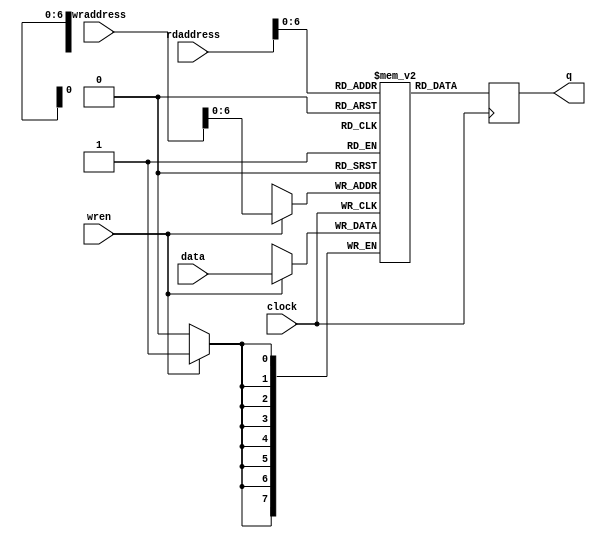
//Diamond-Square Column Solver

// Implement an the M10K block write to/ read fom memory
module M10K_512_20(
	output reg 		[7:0] q,
	input  			[7:0] data,
	input 			[8:0] wraddress, rdaddress,
	input 				  wren, clock
);
	reg 			[7:0] mem [127:0] /* synthesis ramstyle = "no_rw_check, M10K" */;
	
	always @ (posedge clock)
	begin
		if (wren) 
			mem[wraddress] = data;
	end
	always @ (posedge clock) begin
		q = mem[rdaddress];
	end
endmodule


module diamond_square_col (
	input       	clk, reset,
	input   [8:0] 	col_id,
	input	[7:0]	r,
	input   [8:0]   vga_r_addr,
	input   [4:0] 	dim_power,
	input   [7:0] 	val_l, val_r, val_l_down, val_r_down,
	input   [8:0]   dim,
	output  reg		done,
	output  [8:0]   step_size, 
	output  reg [7:0] 	r_data_up, r_data_down, vga_r_data
);

	wire	[7:0] 	m10k_r_data;
	wire	[8:0]	half;
	reg	 	[7:0] 	m10k_w_data;
	reg	 	[8:0] 	m10k_r_addr, m10k_w_addr;
	reg 	        m10k_w_en;
	

	reg     [3:0] 	step_power;
	reg		[3:0]	state;//, done_state;
	reg				m10k_init;
	
	reg     [9:0]   sum; //Used to add all four values together, this is 10 bits instead of 8 for overflow
	
	reg		[8:0]	row_id;

	assign step_size = 9'b1 << step_power;
	assign half = step_size >> 9'b1;

	
	wire [8:0] read_addr = row_id + step_size + half; //may overflow, checked in ternary below
	
	/*
			1. Write four corners to memory
			2. Read all values from memory
			3. Diamond Step
			4. Write all values to memory
			5. Read all values from memory
			6. Square Step
			7. Write all values to memory
			8. Loop through steps 2 - 7 until all values written to memory (occurs after dim/2 loops throguh steps 2-7)
	*/
	
	always@(posedge clk) begin
		// Reset to initial conditions
		if(reset) begin
			step_power  <= dim_power;
			row_id      <= half;
			m10k_init   <= 1'b1;
			
			m10k_w_addr <= 9'b0; 
			m10k_w_en   <= 1'b1;
			m10k_w_data <= 8'b0;
			m10k_r_addr <= 9'b0;
			
			done        <= 1'b0;
		end
		
		if(m10k_init) begin
			if(m10k_w_addr < (dim-1)) begin
				m10k_w_addr <= m10k_w_addr + 9'b1;
			end
			else begin //Finished initializing the M10k blocks
				m10k_w_en <= 1'b0;
				m10k_init <= 1'b0;
				state <= 4'd0;
				//done_state <= 4'd0;
			end
		end
		
		if(done) begin
			case (state)
				4'd0 : begin
					//Do m10k read for the input m10k position
					m10k_r_addr <= vga_r_addr;
				
					state <= 4'd1;
				end
				4'd1 : begin
					state <= 4'd2;
				end
				4'd2 : begin
					vga_r_data <= m10k_r_data;
				
					state <= 4'd0;
				end
				default : state <= 4'd0;
			endcase
		end
		else begin
			case (state)
				4'd0 : begin
					if((col_id == 9'd0) || (col_id == (dim-9'b1))) begin
						m10k_w_en <= 1'd1;
						m10k_w_addr <= 9'b0;
						m10k_w_data <= (col_id == 0) ? 8'd200 : 8'd20;
					end
					state <= 4'd1;
				end
				
				4'd1 : begin
					if((col_id == 0) || (col_id == (dim-9'b1))) begin
						m10k_w_en <= 1'd1;
						m10k_w_addr <= (dim-9'b1);
						m10k_w_data <= (col_id == 0) ? 8'd160 : 8'd100;
					end
					state <= 4'd2;
				end
				
				4'd2 : begin
					// Disable corner writes
					m10k_w_en <= 0;
					// Read bottom row value
					m10k_r_addr <= 0;
					
					state <= 4'd3;
				end
				
				4'd3 : begin
					state <= 4'd4;
				end
				
				4'd4 : begin
					r_data_down <= m10k_r_data;
					m10k_r_addr <= step_size; // Upper read value will be step_size away
					state <= 4'd5;
				end
				
				4'd5 : begin
					state <= 4'd6;
				end
				
				4'd6 : begin
					r_data_up <= m10k_r_data; //Used for nearby iterators that need this value blocking
					state <= 4'd7;
				end
				
				4'd7 : begin
					// Take col_id, subtract step_size >> 2 --> AND with step_size-1 --> gets you mod step_size
					if (!((col_id - half) & (step_size - 9'b1))) begin 
						m10k_w_en <= 1'b1;
						m10k_w_addr <= row_id;
						sum = val_l + val_r + val_l_down + val_r_down; //Resolve val_l and val_r as inputs
						m10k_w_data <= (sum >> 2) + (r & ((1 << step_size) - 1)); // Maybe syntax error???
					end
					r_data_down <= r_data_up;
					
					if ((step_size + row_id) < dim) begin
						m10k_r_addr <= ((read_addr) >= dim) ? (read_addr - dim + 9'b1) : (read_addr);
						row_id <= row_id + step_size;
						
						state <= 4'd5; 					
					end
					else begin
						// Finished Diamond Step, moving to Square Step
						if ((col_id >> (step_power - 9'b1)) & 8'b1) begin
							// ODD column
							row_id <= 0;
							// Reading top value for wraparound purposes
							m10k_r_addr <= (dim-9'b1) - half;
						end
						else begin
							// EVEN column (assuming column # start with 0)
							row_id <= half;
							m10k_r_addr <= 0;
						end
						state <= 4'd8;
					end
				end
				
				4'd8 : begin
					m10k_w_en <= 1'b0;
					state <= 4'd9;
				end
				
				4'd9 : begin
					r_data_down <= m10k_r_data; // Odd column this will be garbage
					m10k_r_addr <= row_id + half; // Upper read value will be step_size away
					state <= 4'd10;
				end
				
				4'd10 : begin
					//Wait stage for upper square step read
					state <= 4'd11;
				end
				
				4'd11 : begin
					r_data_up <= m10k_r_data; //Used for nearby iterators that need this value blocking
					state <= 4'd12;
				end
				
				4'd12 : begin
					//col_id % (step_size >> 1)
					if (!(col_id & ((step_size >> 1)-9'b1))) begin
						m10k_w_en <= 1'b1;
						m10k_w_addr <= row_id;
						
						if ((col_id >> (step_power - 9'b1)) & 8'b1) //Odd columns use down values
							sum = val_l_down + val_r_down + r_data_up + r_data_down;
						else //Even columns use up values
							sum = val_l + val_r + r_data_up + r_data_down;
						
						m10k_w_data <= (sum >> 2) + (r & ((1 << step_size) - 1)); // Maybe syntax error???
					end
					r_data_down <= r_data_up;
					
					// Queue up next read, for up reg if we have more squares to do (haven't reached the end)
					if ((step_size + row_id) < dim) begin
						m10k_r_addr <= (read_addr >= dim) ? (read_addr - dim + 9'b1) : read_addr;
						row_id <= row_id + step_size;
						
						state <= 4'd10; 					
					end
					else begin
						// Finished Square Step, moving to Diamond Step
						m10k_r_addr <= 0;

						//TODO: Random updates					
							
						if (!((col_id >> (step_power - 9'b1)) & 8'b1)) begin
							state <= 4'd13;
						end
						else begin
							if (step_power > 1) begin
								row_id <= (1 << (step_power-9'b1)) >> 1;
								step_power <= step_power-9'b1;
								state <= 4'd3;
							end
							else begin
								done <= 1'b1;
								state <= 4'd0;
							end

						end
					end
				end
				
				4'd13 : begin
					m10k_w_en <= 1'b0;
					state <= 4'd14;
				end
				
				4'd14 : begin
					m10k_w_en <= 1'b0;
					state <= 4'd15;
				end
				
				4'd15 : begin
					if (step_power > 1) begin
						row_id <= (1 << (step_power-9'b1)) >> 1;
						step_power <= step_power-9'b1;
						state <= 4'd3;
					end
					else begin
						done <= 1'b1;
						state <= 4'd0;
					end
					
					m10k_w_en <= 1'b0;
				end
				
				default : state <= 4'd0;
				
			endcase
		end 
	end
	

	M10K_512_20 ds_m10k (
		.clock     (clk),
		.wren      (m10k_w_en),
		.q         (m10k_r_data),
		.data      (m10k_w_data),
		.wraddress (m10k_w_addr),
		.rdaddress (m10k_r_addr)
	);


endmodule